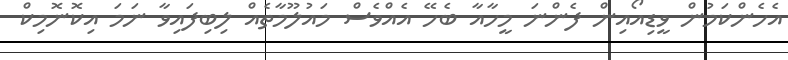
އެހެންކަމުން ވީޑިއޯއިން ފެންނަ މީހާއާ ބެހޭ އެއްވެސް މައުލޫމާތެއް ލިބިފައިވާ ނަމަ އިކޮނޮމިކް